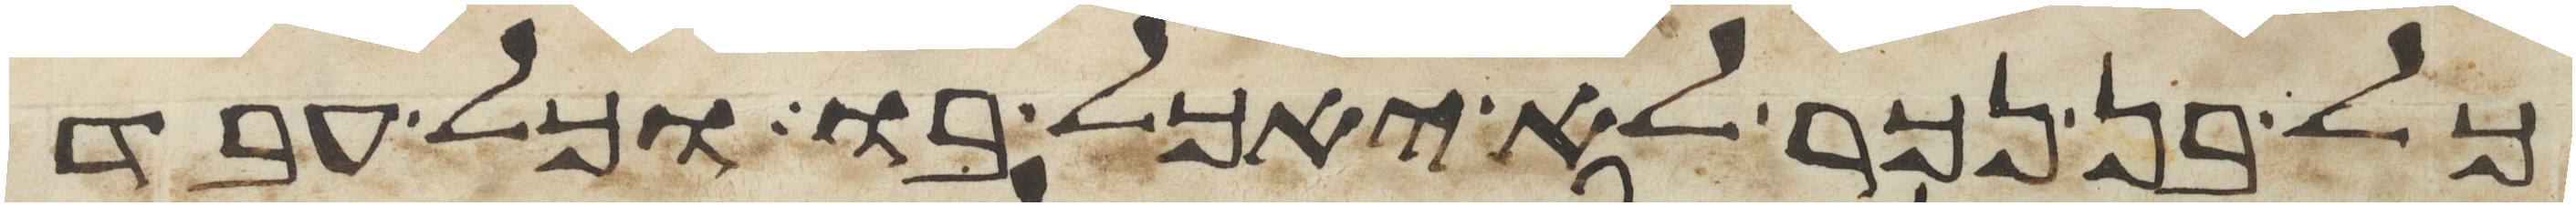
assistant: כל בן נכר לא יאכל בו וכל עבד